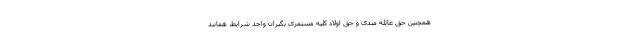
همچنین حق عائله مندی و حق اولاد کلیه مستمری بگیران واجد شرایط، همانند